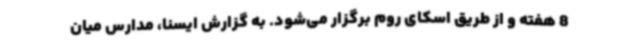
8 هفته و از طریق اسکای روم برگزار می‌شود. به گزارش ایسنا، مدارس میان